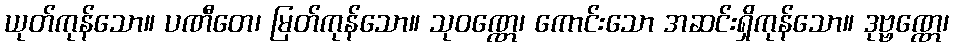
ယုတ်ကုန်သော။ ပဏီတေ၊ မြတ်ကုန်သော။ သုဝဏ္ဏေ၊ ကောင်းသော အဆင်းရှိကုန်သော။ ဒုဗ္ဗဏ္ဏေ၊